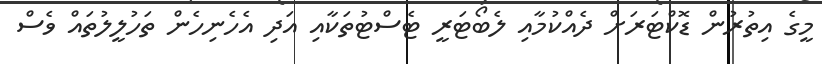
މީގެ އިތުރުން ޑޮކްޓަރަށް ދެއްކުމާއި ލެބޯޓަރީ ޓެސްޓުތަކާއި އަދި އެހެނިހެން ތަހުލީލުތައް ވެސް